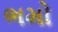
ભમો